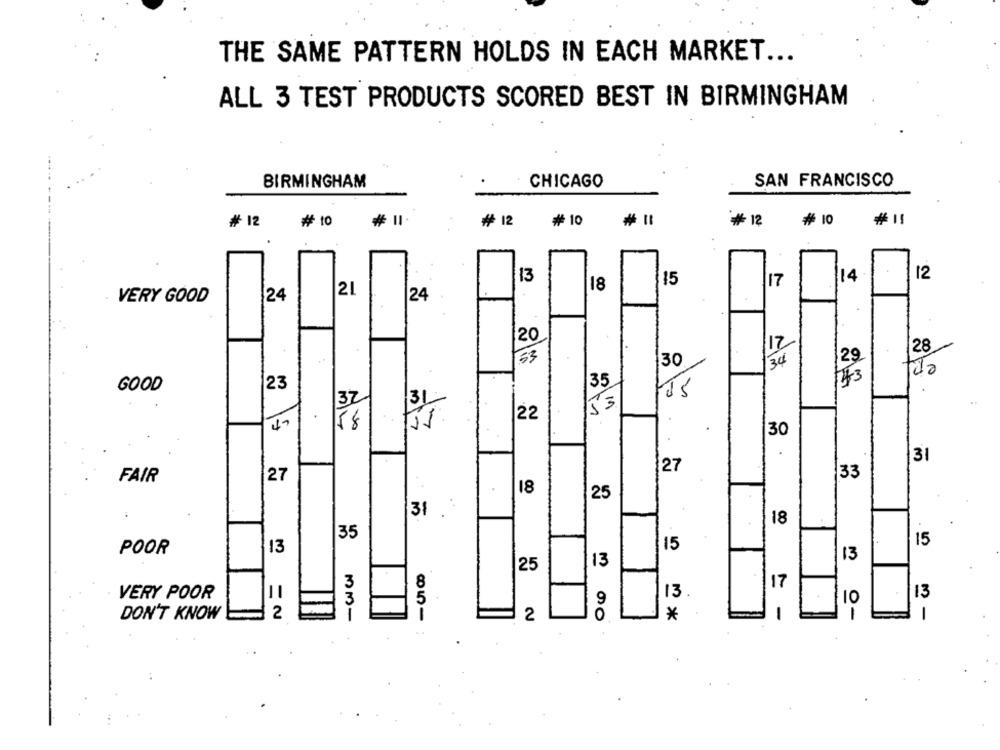
THE SAME PATTERN HOLDS IN EACH MARKET ...
ALL 3 TEST PRODUCTS SCORED BEST IN BIRMINGHAM
BIRMINGHAM
CHICAGO
SAN FRANCISCO
# 12
# 10
₩ 12
₩ 10
₩ 12
#10
#11
13
14
12
15
17
21
18
VERY GOOD
24
24
20
28
33
30
29
tão
35
143
GOOD
23
32
31
53
22
58
30
31
127
FAIR
27
33
18
25
31
18
35
15
15
POOR
13
13
13
25
3
8
17
VERY POOR
3
5
13
13
10
2
1
1
DON'T KNOW
2
*
1